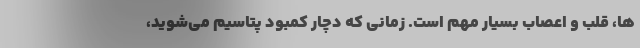
ها، قلب و اعصاب بسیار مهم است. زمانی که دچار کمبود پتاسیم می‌شوید،